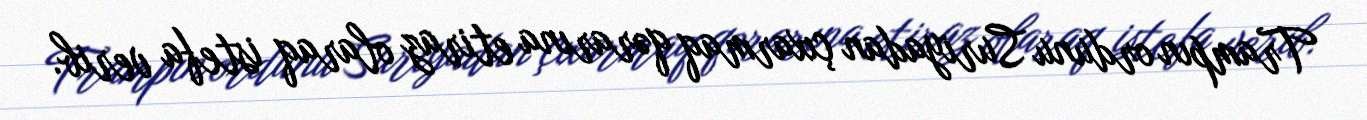
Trampın ordunu Suriyadan çıxarmaq qərarına etiraz olaraq istefa verib.